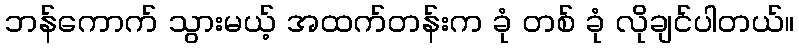
ဘန်ကောက် သွားမယ့် အထက်တန်းက ခုံ တစ် ခုံ လိုချင်ပါတယ်။